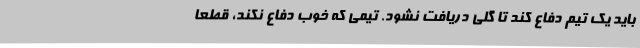
باید یک تیم دفاع کند تا گلی دریافت نشود. تیمی که خوب دفاع نکند، قطعا